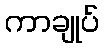
ကာချုပ်